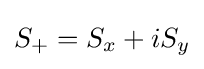
S_{+}=S_{x}+iS_{y}